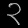
Digit: ၃